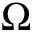
\Omega